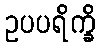
ဥပပရိက္ခိ